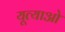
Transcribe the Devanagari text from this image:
यूत्याओ